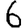
Digit: 6